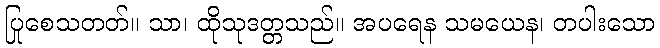
ပြုစေသတတ်။ သာ၊ ထိုသုဒတ္တသည်။ အပရေန သမယေန၊ တပါးသော